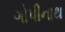
ગોપીનાથ